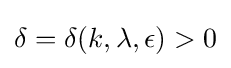
\delta =\delta (k,\lambda ,\epsilon )>0